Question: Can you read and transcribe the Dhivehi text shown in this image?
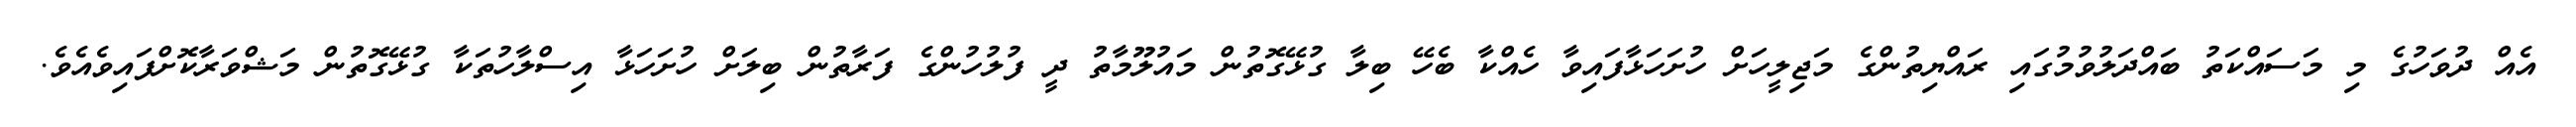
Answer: އެއް ދުވަހުގެ މި މަސައްކަތު ބައްދަލުވުމުގައި ރައްޔިތުންގެ މަޖިލީހަށް ހުށަހަޅާފައިވާ ހެއްކާ ބެހޭ ބިލާ ގުޅޭގޮތުން މައުލޫމާތު ދީ ފުލުހުންގެ ފަރާތުން ބިލަށް ހުށަހަޅާ އިސްލާހުތަކާ ގުޅޭގޮތުން މަޝްވަރާކޮށްފައިވެއެވެ.